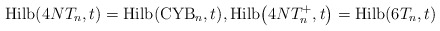
\begin{gather*}{\rm Hilb}(4NT_n,t)={\rm Hilb}({\rm CYB}_n,t), {\rm Hilb}\big(4NT_n^{+},t\big)= {\rm Hilb}(6T_n,t)\end{gather*}